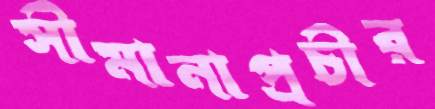
সীমানাপ্রচীর